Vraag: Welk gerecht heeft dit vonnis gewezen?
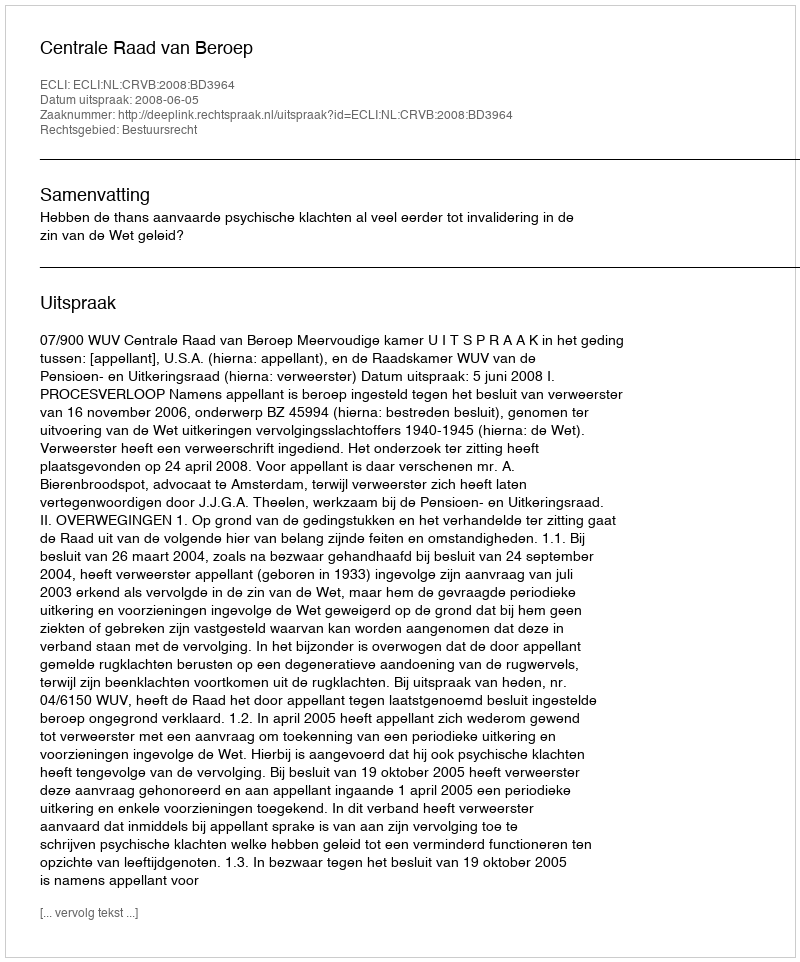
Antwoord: Centrale Raad van Beroep